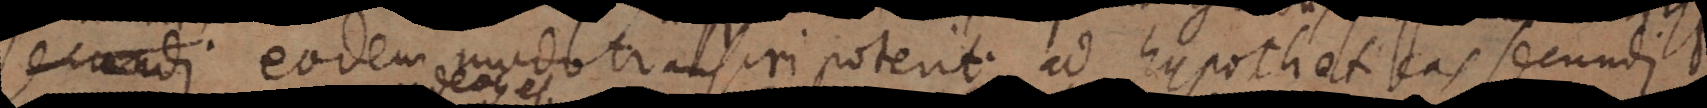
secundi eodem modo transiri poterit ad hypotheticas secundi.